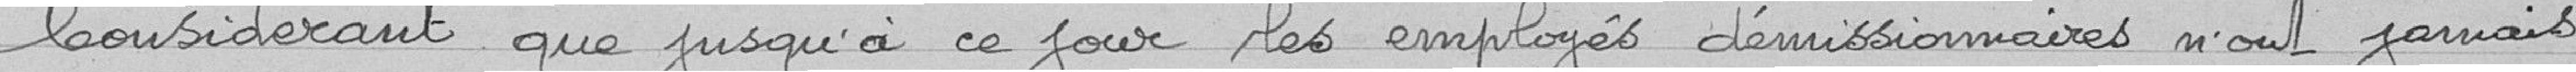
Considérant que jusqu'à ce jour, les employés démissionnaires n'ont jamais